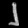
Digit: ၂